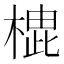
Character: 𪳡